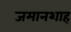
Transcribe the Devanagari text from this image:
जमानशाह